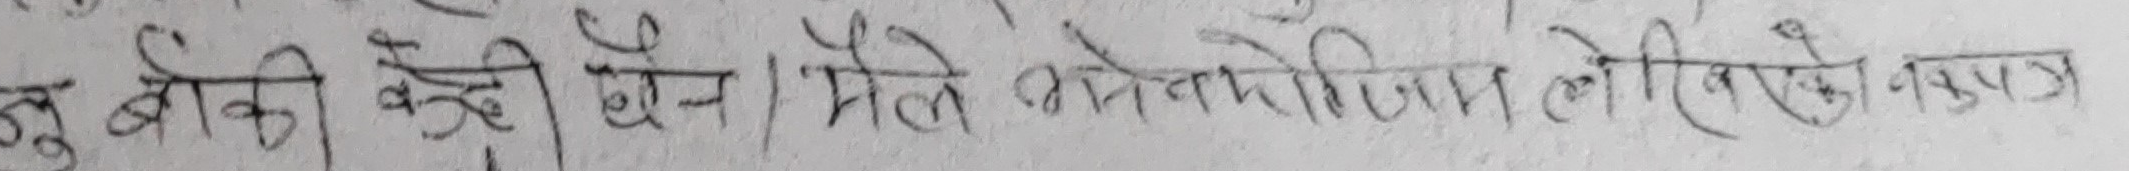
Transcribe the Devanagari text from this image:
जु बाकी काही छैन । मैले कुनै लिनेकी वाखा